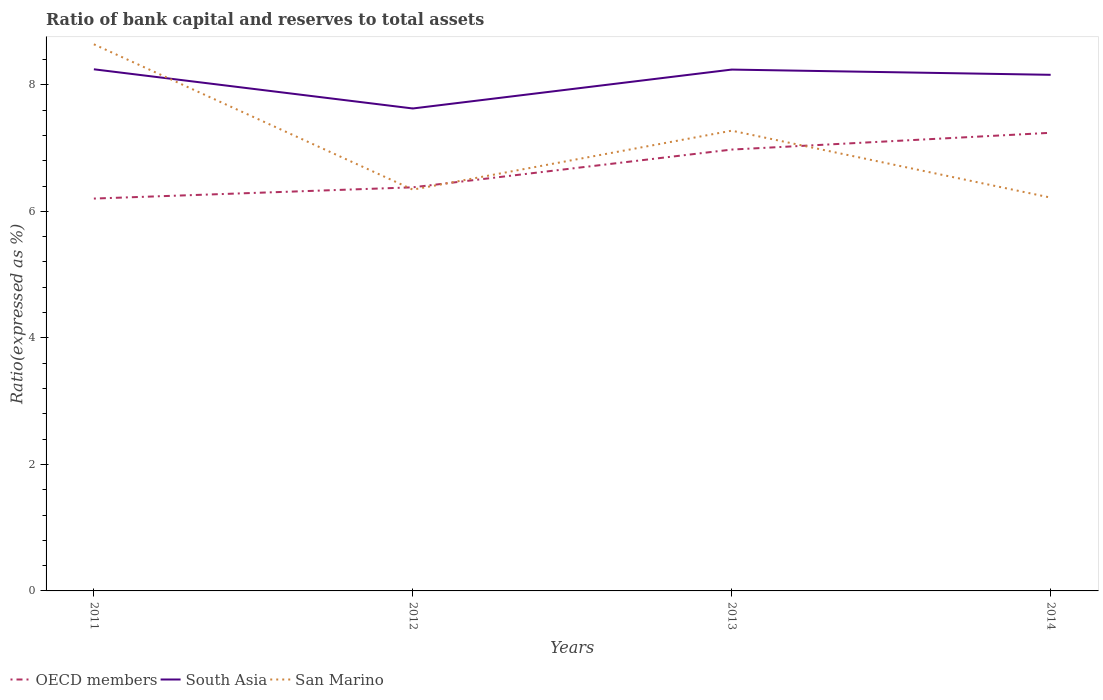
| Years | OECD members | South Asia | San Marino |
 | --- | --- | --- | --- |
 | 2011 | 6.2 | 8.25 | 8.64 |
 | 2012 | 6.38 | 7.63 | 6.34 |
 | 2013 | 6.98 | 8.24 | 7.28 |
 | 2014 | 7.24 | 8.16 | 6.22 |